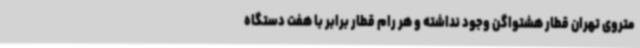
متروی تهران قطار هشتواگن وجود نداشته و هر رام قطار برابر با هفت دستگاه